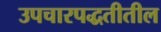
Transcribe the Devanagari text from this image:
उपचारपद्धतीतील